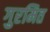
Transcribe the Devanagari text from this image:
गुरमित